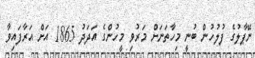
ނޭޕާލުގެ ފުލުހުން ބުނީ މިހާތަނަށް މަރުވި މީހުންގެ އަދަދު 1865 އަށް އަރާފައިވާ